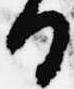
日